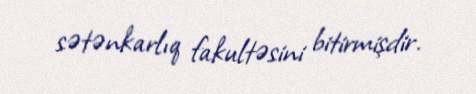
sətənkarlıq fakultəsini bitirmişdir.